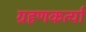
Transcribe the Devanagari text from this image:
ग्रहणकर्त्या